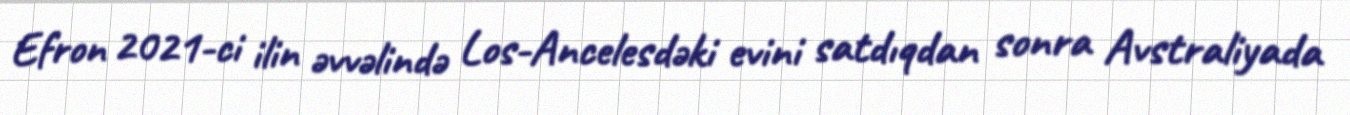
Efron 2021-ci ilin əvvəlində Los-Ancelesdəki evini satdıqdan sonra Avstraliyada